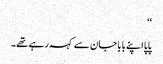
‘‘
پاپا اپنے بابا جان سے کہہ رہے تھے۔